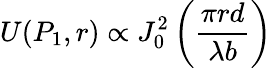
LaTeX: U(P_{1},r)\propto J_{0}^{2}\left({\frac{\pi rd}{\lambda b}}\right)